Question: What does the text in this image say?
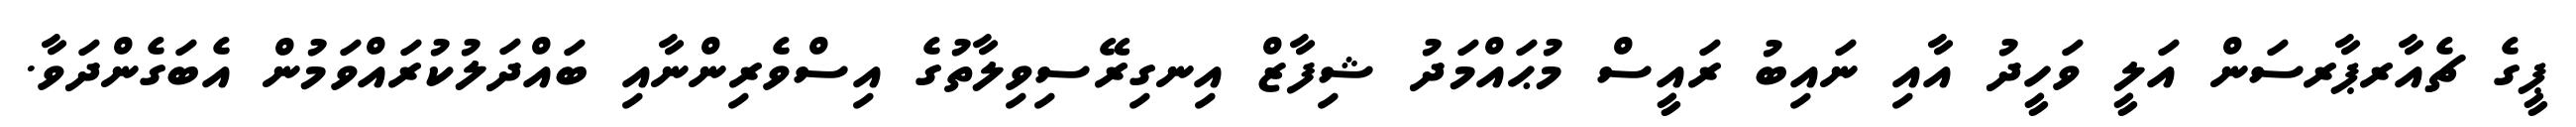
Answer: ޕީގެ ޗެއާރޕާރސަން އަލީ ވަހީދު އާއި ނައިބު ރައީސް މުޙައްމަދު ޝިފާޒް އިނގިރޭސިވިލާތުގެ އިސްވެރިންނާއި ބައްދަލުކުރައްވަމުން އެބަގެންދަވާ.